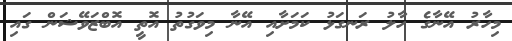
މިހާރު އޭނާގެ ހާލު ރަނގަޅު ކަމަށާއި އޭނާ މިވަގުތު އޮތީ އޮބްޒަވޭޝަން ގައި